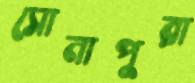
সোনাপুরা